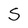
Character: S